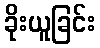
ခိုးယူခြင်း